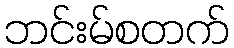
ဘင်းမ်စတက်